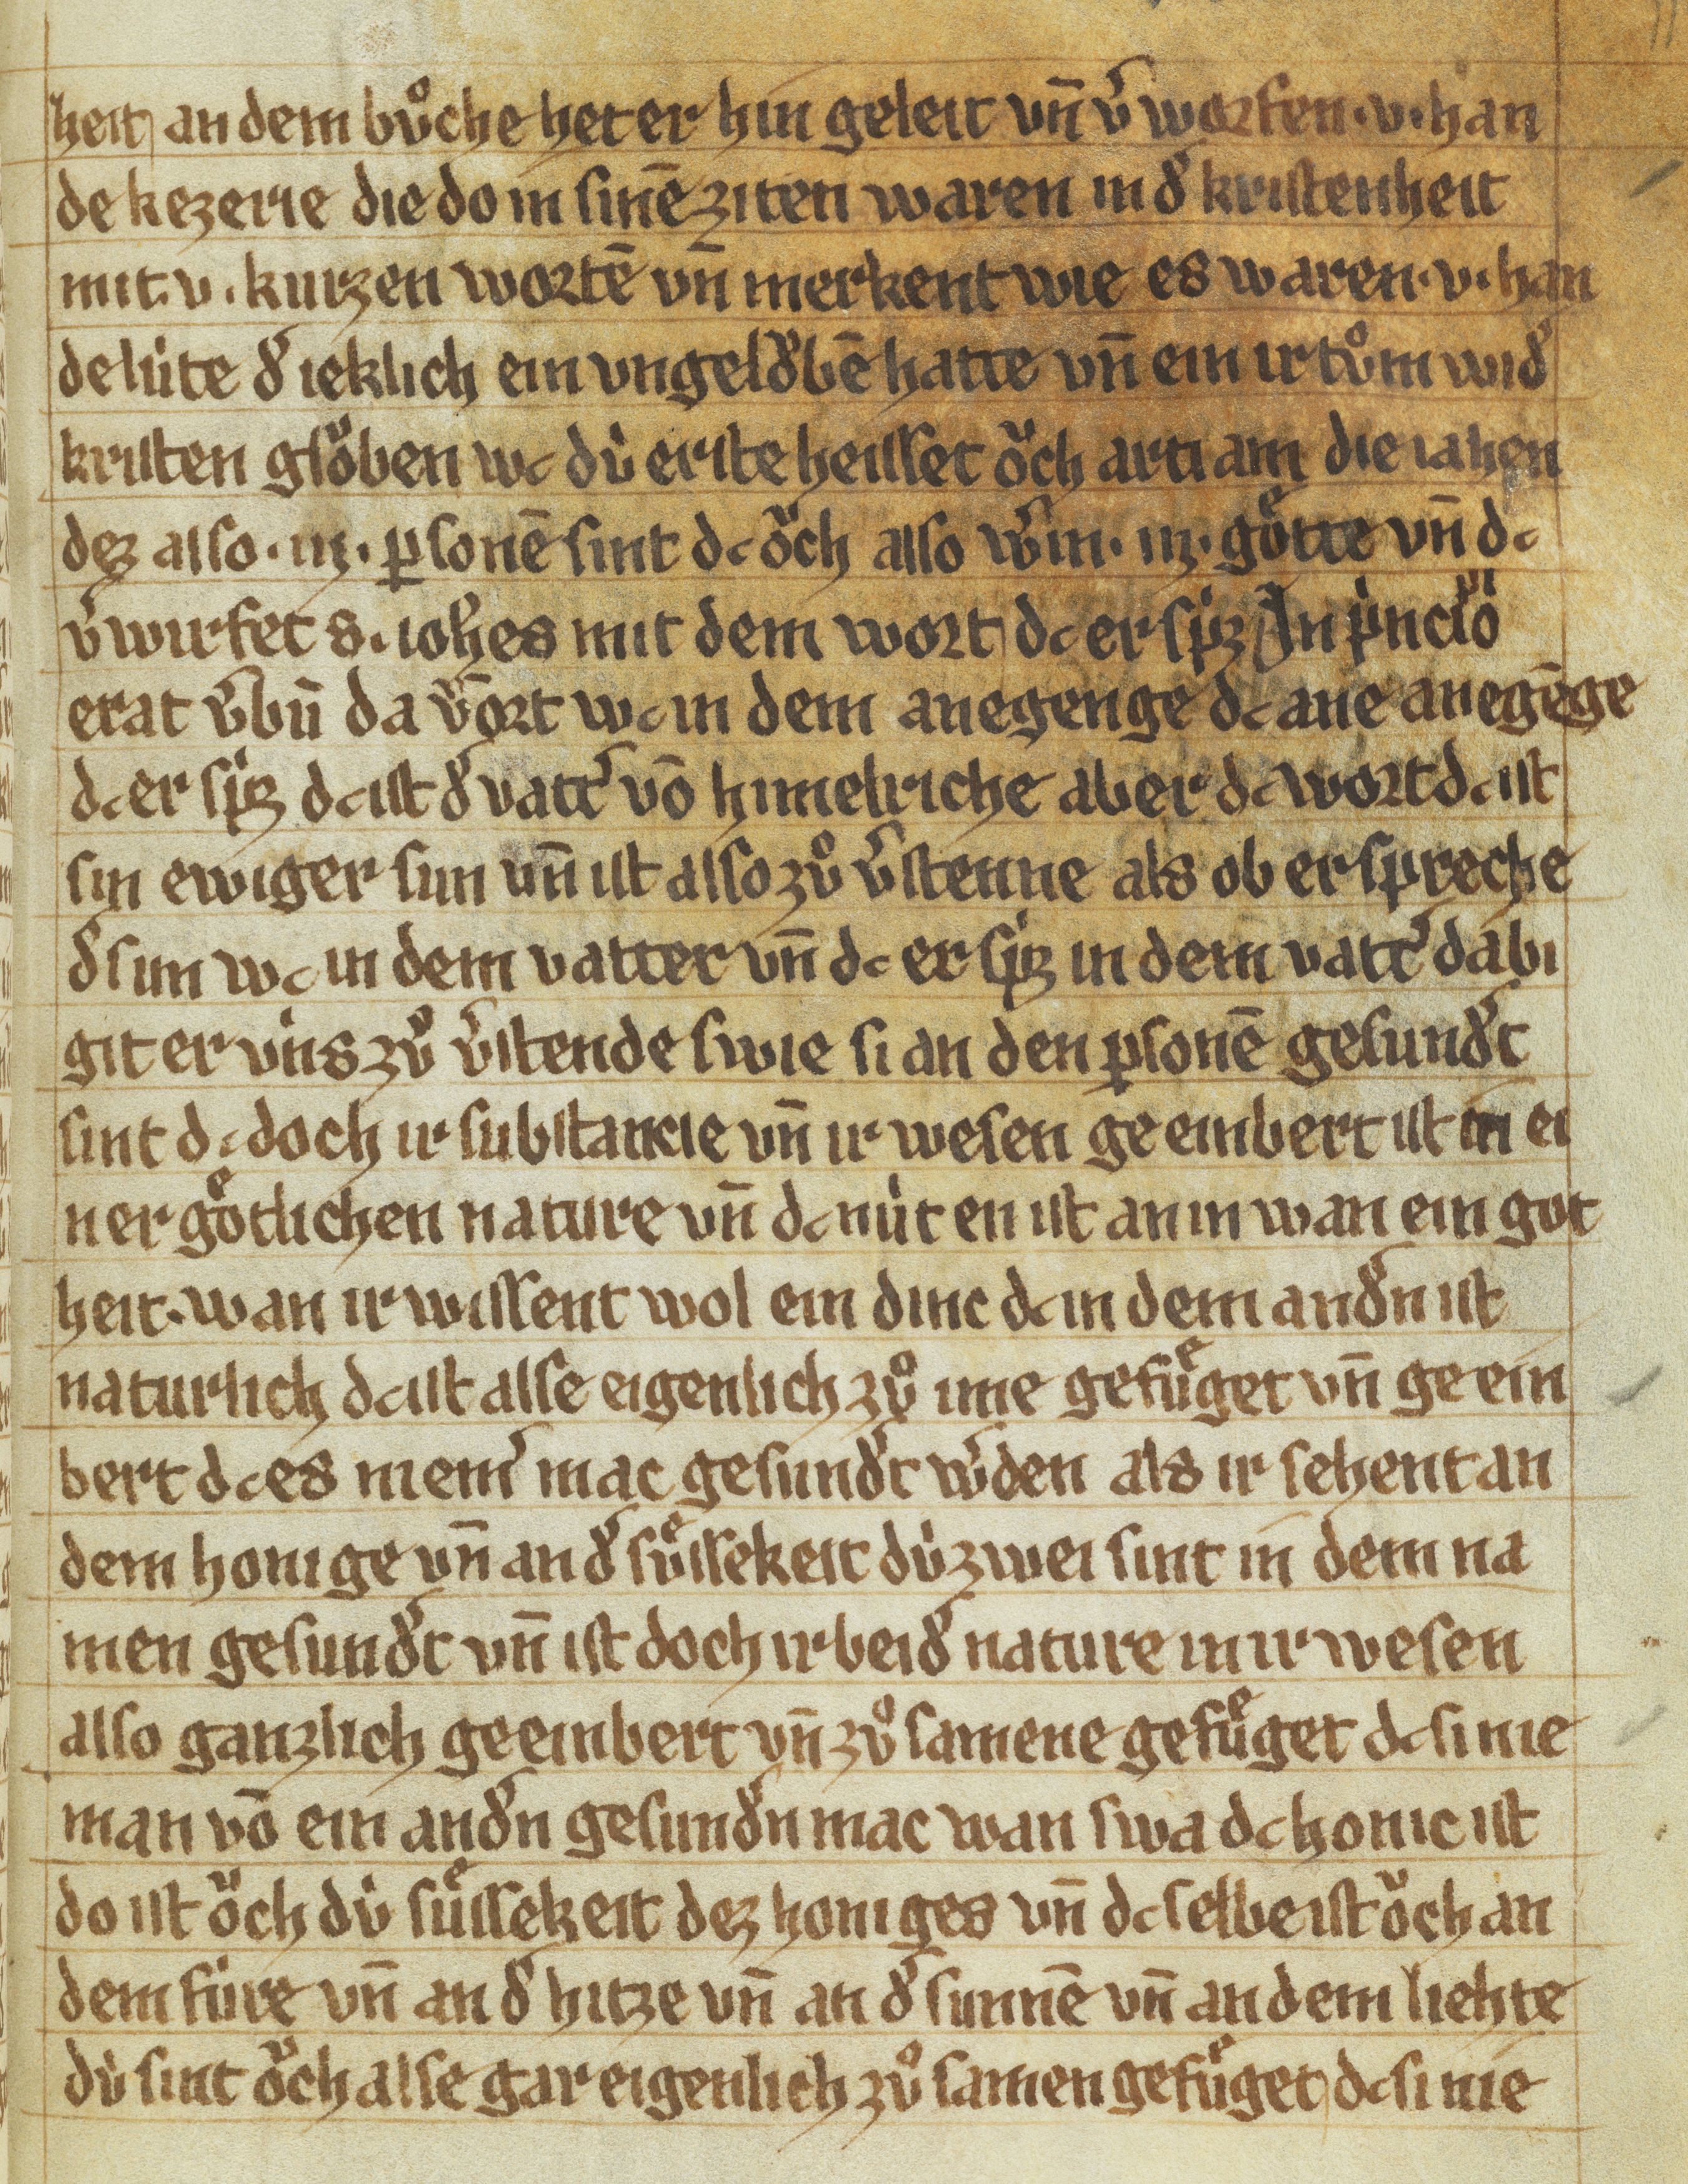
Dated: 1300–1399